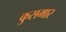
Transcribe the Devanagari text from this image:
कुसमार